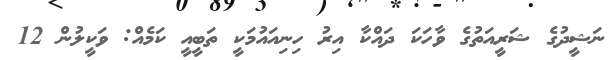
ނަޝީދުގެ ޝަރީއަތުގެ ވާހަކަ ދައްކާ އިރު ހިނިއައުމަކީ ތަބީއީ ކަމެއް: ވަކީލުން 12